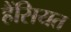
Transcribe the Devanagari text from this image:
हैंसियत